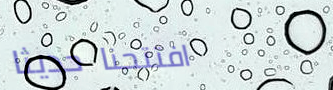
افتتحنا حديثاً